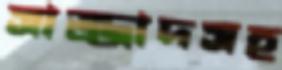
সাজ্জাদসহ